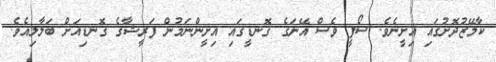
ކާމޭޒުދޮށުގައި އިށީނެވެ. ސޯފީ ވެސް އޭނަގެ ގޮނޑީގައި އިށީންނަމުން ފަރީޝާގެ ގޮނޑިއަށް ބަލާލިއެވެ.